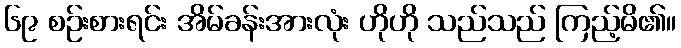
၆၉ စဉ်းစားရင်း အိမ်ခန်းအားလုံး ဟိုဟို သည်သည် ကြည့်မိ၏။